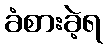
ခံစားခဲ့ရ